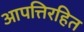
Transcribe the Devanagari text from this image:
आपत्तिरहित